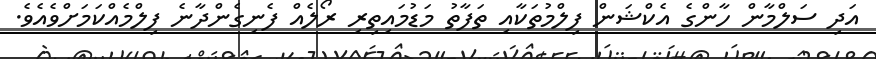
އަދި ސަލްމާން ހާންގެ އެކްޝަން ފިލްމުތަކާއި ތަފާތު މަޑުމައިތިރި ރޯލެއް ފެނިގެންދާނެ ފިލްމެއްކަމަށްވެއެވެ.